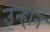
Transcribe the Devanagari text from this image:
उन्होनं